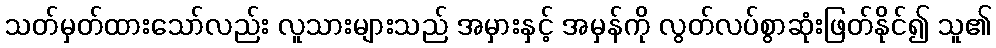
သတ်မှတ်ထားသော်လည်း လူသားများသည် အမှားနှင့် အမှန်ကို လွတ်လပ်စွာဆုံးဖြတ်နိုင်၍ သူ၏